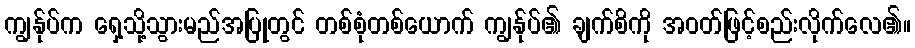
ကျွန်ုပ်က ရှေ့သို့သွားမည်အပြုတွင် တစ်စုံတစ်ယောက် ကျွန်ုပ်၏ ချက်စိကို အဝတ်ဖြင့်စည်းလိုက်လေ၏။